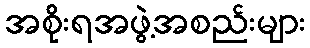
အစိုးရအဖွဲ့အစည်းများ